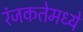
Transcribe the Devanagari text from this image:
रंजकतेमध्ये